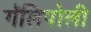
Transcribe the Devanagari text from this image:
गॅलिपोली